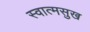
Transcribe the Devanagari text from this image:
स्वात्मसुख